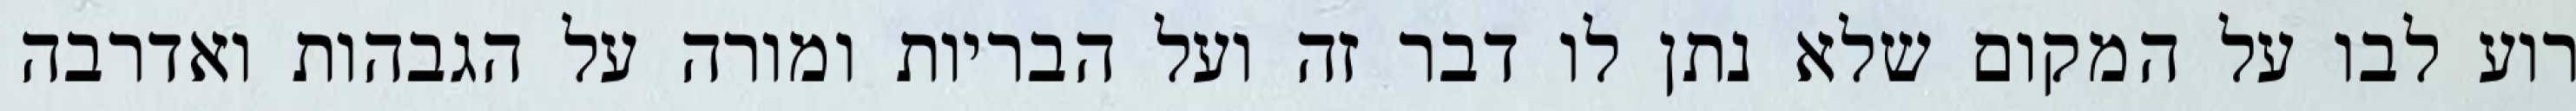
רוע לבו על המקום שלא נתן לו דבר זה ועל הבריות ומורה על הגבהות ואדרבה